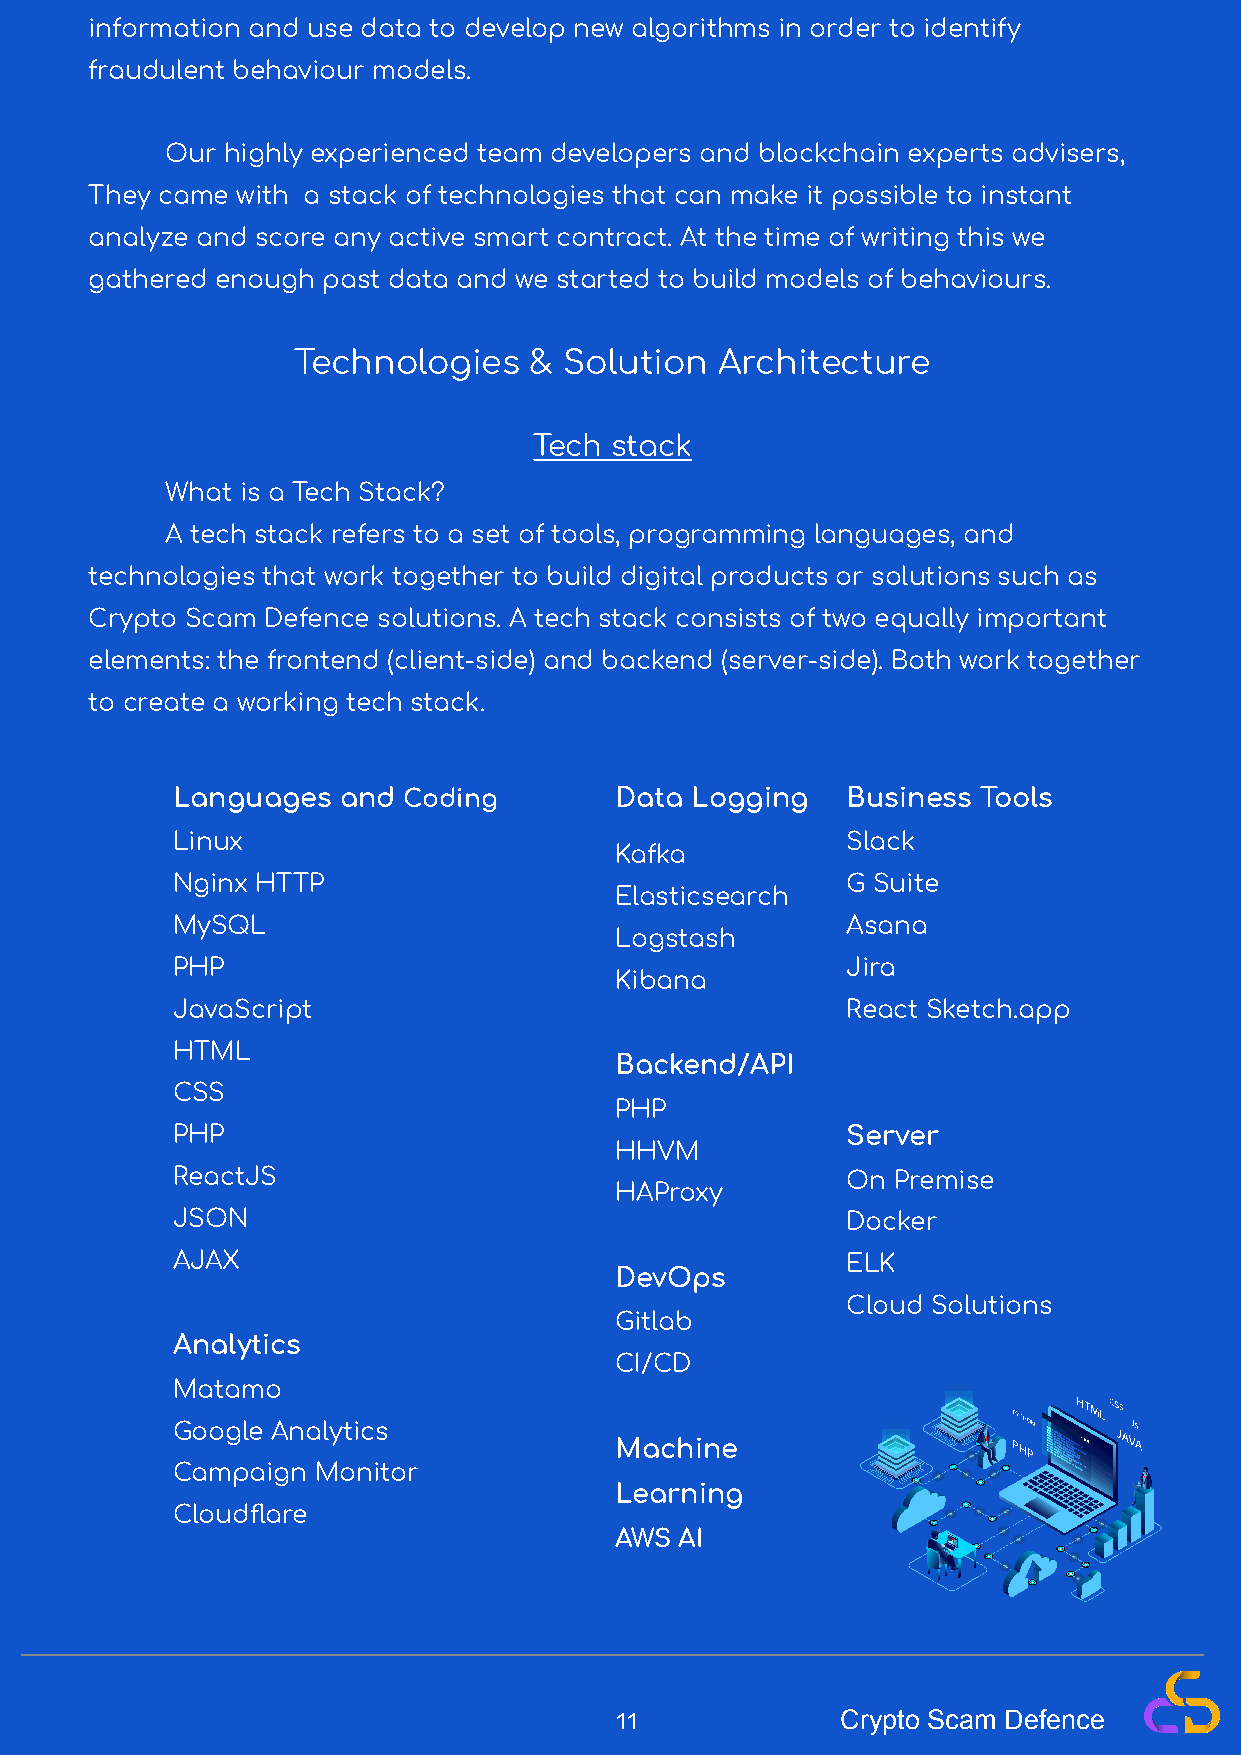
information and use data to develop new algorithms in order to identify
 fraudulent behaviour models.
 Our highly experienced team developers and blockchain experts advisers,
 They came with a stack of technologies that can make it possible to instant
 analyze and score any active smart contract. At the time of writing this we
 gathered enough past data and we started to build models of behaviours.
 Technologies    & Solution   Architecture
 Tech stack
 What is a Tech Stack?
 A tech stack refers to a set of tools, programming languages, and
 technologies that work together to build digital products or solutions such as
 Crypto Scam Defence solutions. A tech stack consists of two equally important
 elements: the frontend (client-side) and backend (server-side). Both work together
 to create a working tech stack.
 Languages  and  Coding        Data Logging   Business Tools
 Linux                                        Slack
 Kafka
 Nginx HTTP                                   G Suite
 Elasticsearch
 MySQL                                        Asana
 Logstash
 PHP                                          Jira
 Kibana
 JavaScript                                   React Sketch.app
 HTML
 Backend/API
 CSS
 PHP
 PHP                                          Server
 HHVM
 ReactJS                                      On Premise
 HAProxy
 JSON                                         Docker
 AJAX                                         ELK
 DevOps
 Cloud Solutions
 Gitlab
 Analytics
 CI/CD
 Matamo
 Google Analytics
 Machine
 Campaign  Monitor
 Learning
 Cloudflare
 AWS AI
 11             Crypto Scam Defence